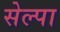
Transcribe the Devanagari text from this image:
सेल्पा